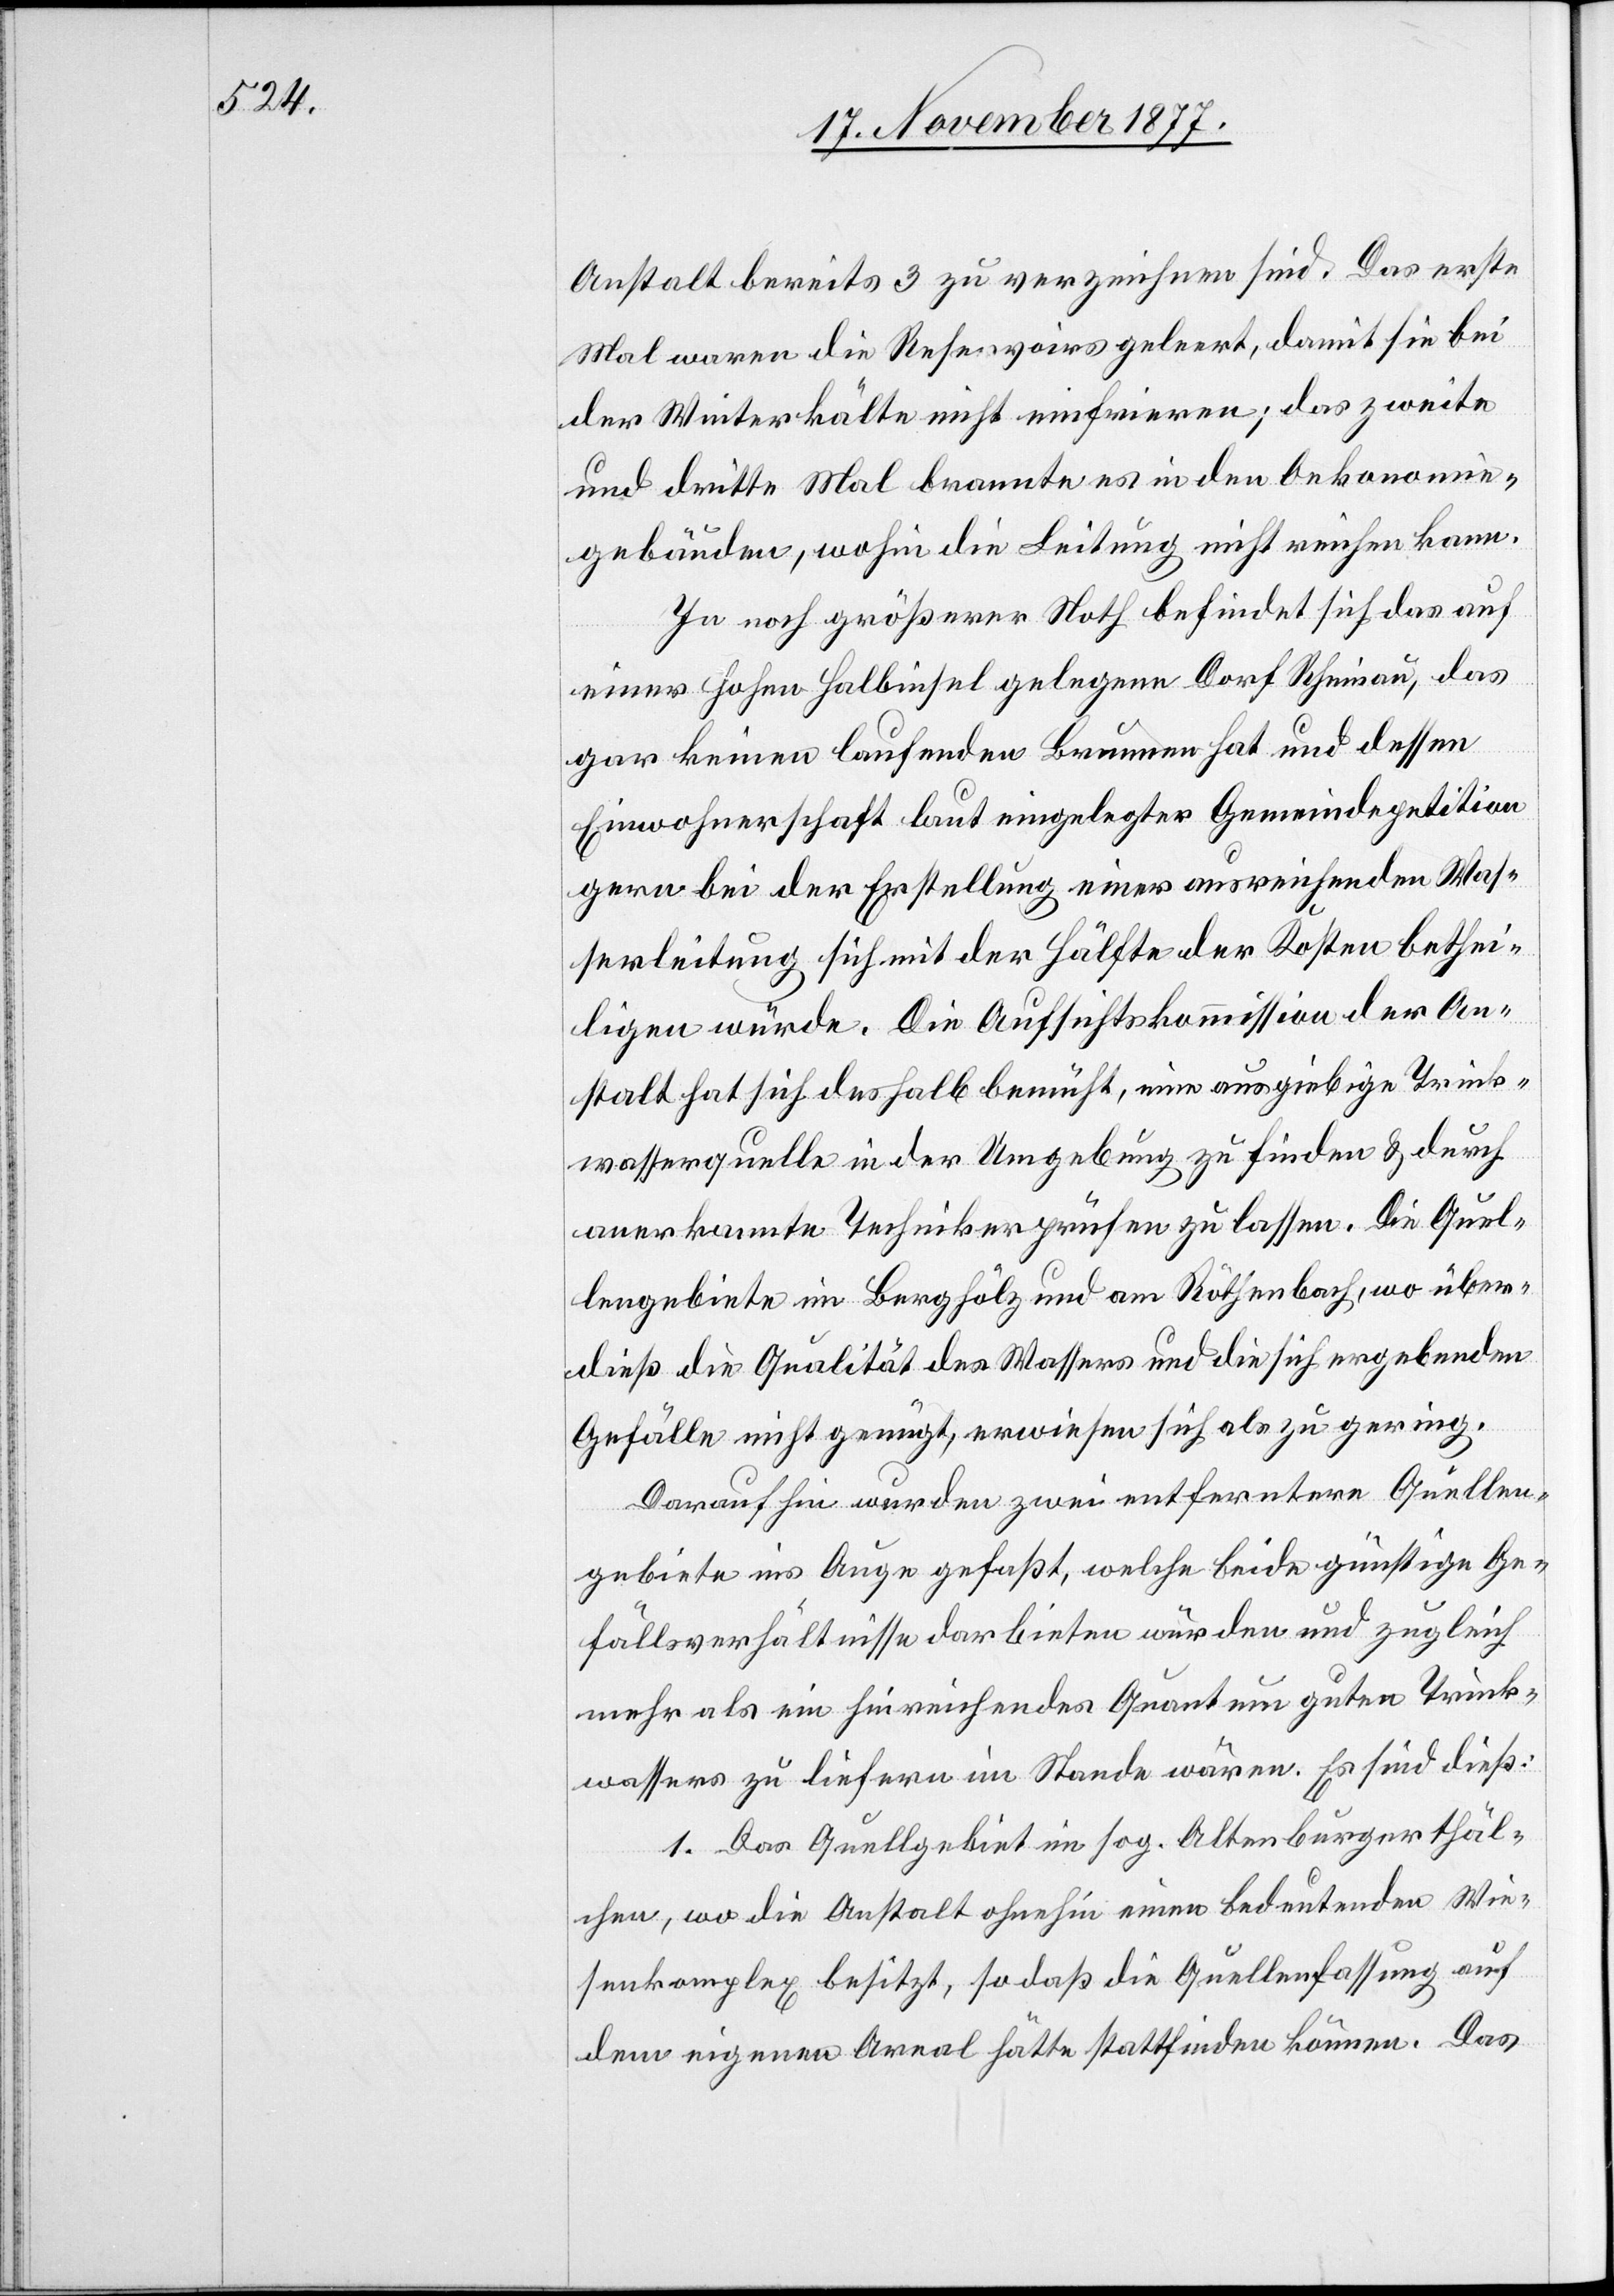
Anstalt bereits 3 zu verzeichnen sind. Das erste
Mal waren die Reservoirs geleert, damit sie bei
der Winterkälte nicht einfrieren; das zweite
und dritte Mal brannte es in den Oekonomie¬
gebäuden, wohin die Leitung nicht reichen kann.
In noch größerer Noth befindet sich das auf
einer hohen Halbinsel gelegene Dorf Rheinau, das
gar keinen laufenden Brunnen hat und dessen
Einwohnerschaft laut eingelegter Gemeindepetition
gern bei der Erstellung einer ausreichenden Was¬
serleitung sich mit der Hälfte der Kosten bethei¬
ligen würde. Die Aufsichtskommission der An¬
stalt hat sich deshalb bemüht, eine ausgiebige Trink¬
wasserquelle in der Umgebung zu finden & durch
anerkannte Techniker prüfen zu lassen. Die Quel¬
lengebiete im Berghölz und am Röthenbach, wo über¬
dieß die Qualität des Wassers und die sich ergebenden
Gefälle nicht genügt, erwiesen sich als zu gering.
Darauf hin wurden zwei entferntere Quellen¬
gebiete ins Auge gefaßt, welche beide günstige Ge¬
fällsverhältnisse darbieten würden und zugleich
mehr als ein hinreichendes Quantum guten Trink¬
wassers zu liefern im Stande wären. Es sind dieß:
1. Das Quellgebiet im sog. Altenburgerthäl¬
chen, wo die Anstalt ohnehin einen bedeutenden Wie¬
senkomplex besitzt, so daß die Quellenfassung auf
dem eigenen Areal hätte stattfinden können. Das